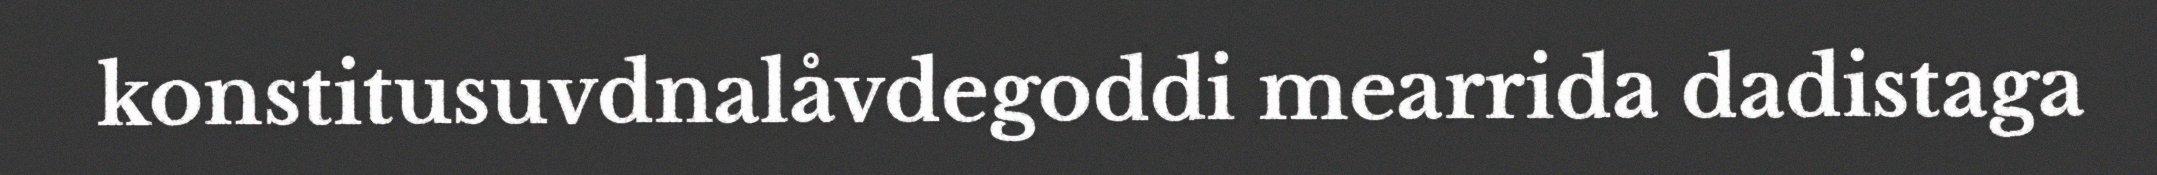
konstitusuvdnalåvdegoddi mearrida dadistaga